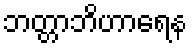
ဘတ္တာဘိဟာရေန